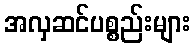
အလှဆင်ပစ္စည်းများ